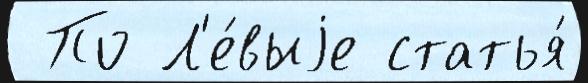
 По Л'е́выjе статья́